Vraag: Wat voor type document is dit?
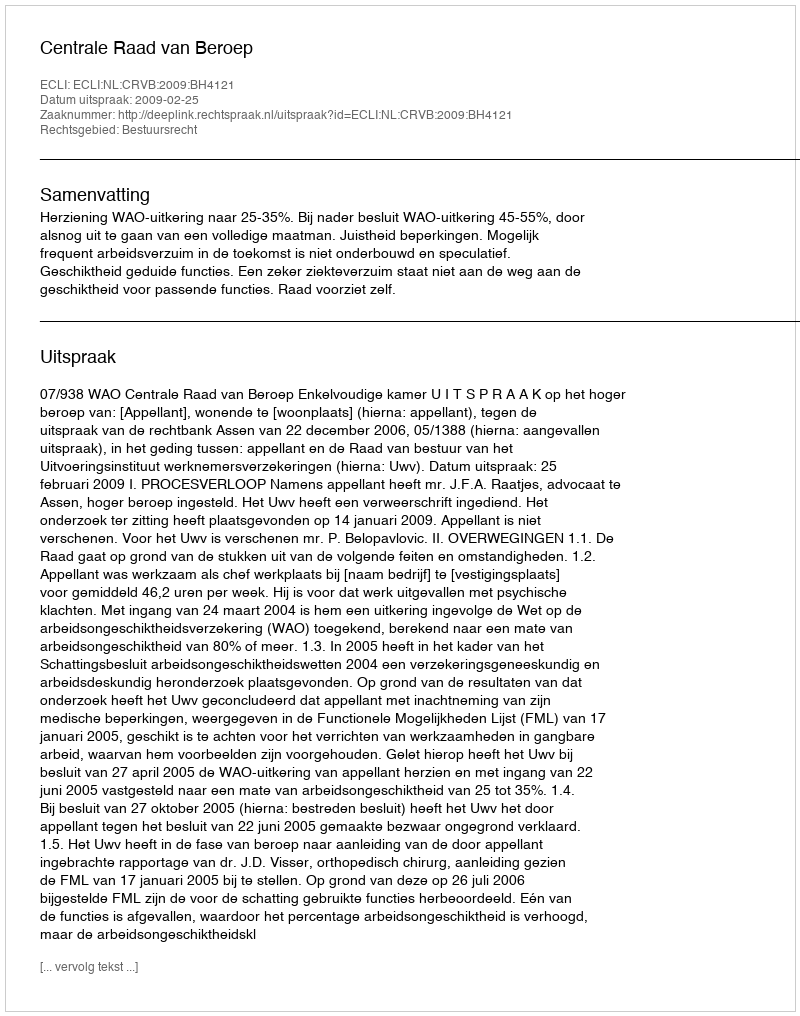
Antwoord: Uitspraak